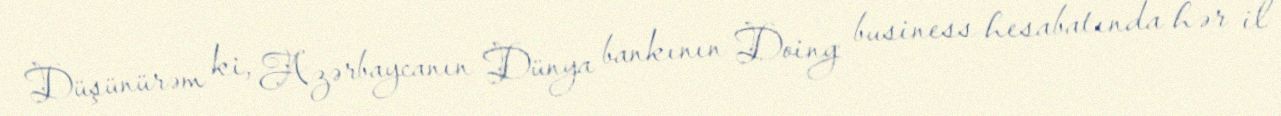
Düşünürəm ki, Azərbaycanın Dünya bankının Doing business hesabatında hər il